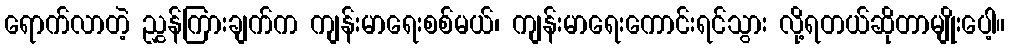
ရောက်လာတဲ့ ညွှန်ကြားချက်က ကျန်းမာရေးစစ်မယ်၊ ကျန်းမာရေးကောင်းရင်သွား လို့ရတယ်ဆိုတာမျိုးပေါ့။